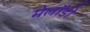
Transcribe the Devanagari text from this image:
मेलॉडी